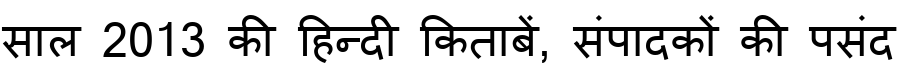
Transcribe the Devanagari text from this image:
साल 2013 की हिन्दी किताबें, संपादकों की पसंद